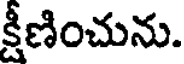
క్షీణించును.